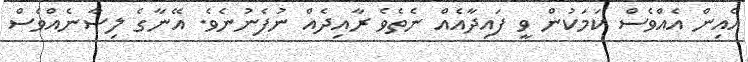
އެއިން އެއްވެސް ކަމަކުން ވީ ފައިދާއެއްް ނެތެވެ ރާއިދެއް ނުފެނުނެވެ. އޭނާގެ ލިސާނެއްވެސް